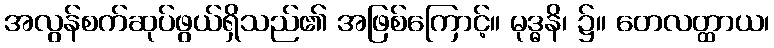
အလွန်စက်ဆုပ်ဖွယ်ရှိသည်၏ အဖြစ်ကြောင့်။ မုဒ္ဓနိ၊ ၌။ တေလတ္ထာယ၊